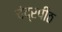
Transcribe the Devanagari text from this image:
चंद्रपीठ